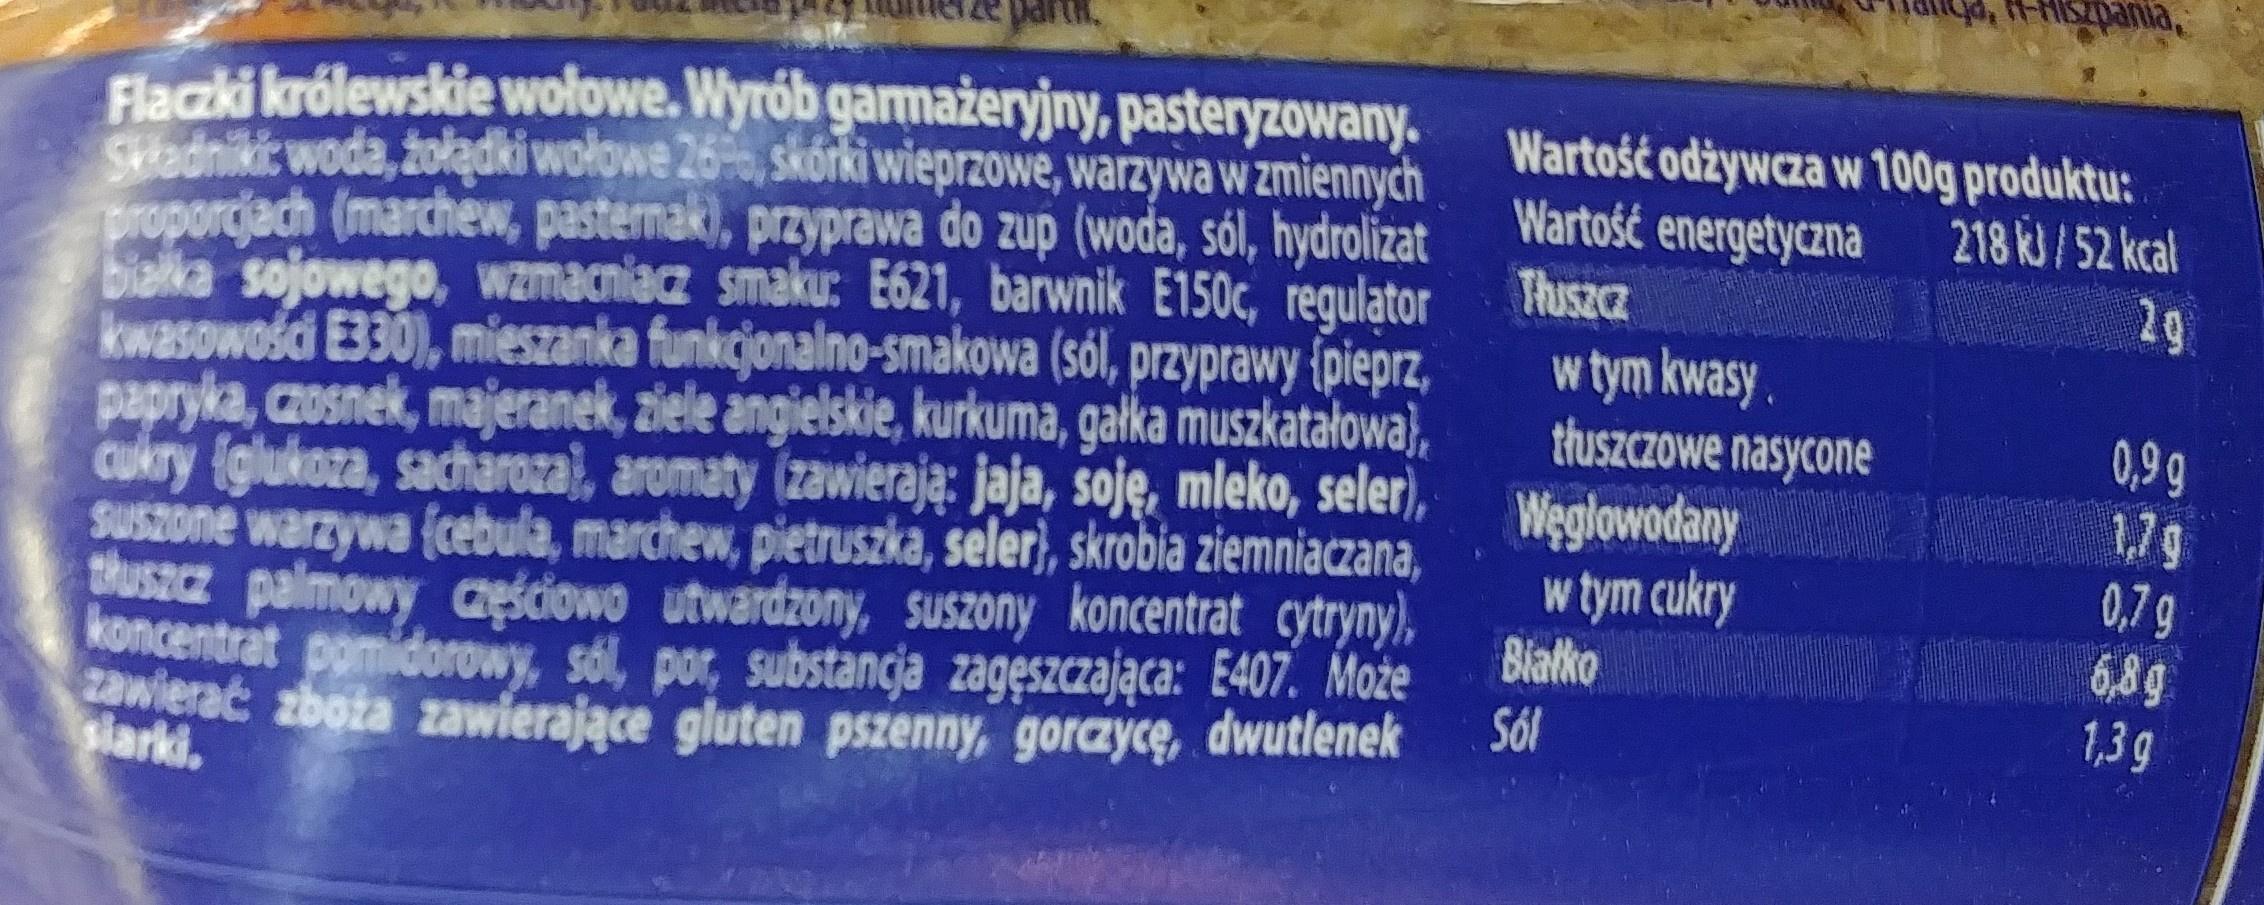
pania, Flacki królewskie wolowe. Wyrób garmażeryjny, pasteryzowany. SHadnikic woda, żołądki wołowe 26, skórki wieprzowe, warzywa w zmiennych proporcjach (marchew, pasternak), przyprawa do zup (woda, sól, hydrolizat Wartość energetyczna bialka sojowego, wzmacniacz smaku: E621, barwnik E150c, regulątor kwasowości E330), mieszanka funkcjonalno-smakowa (sól, przyprawy {pieprz, papryka, czosnek, majeranek, ziele angielskie, kurkuma, gałka muszkatałowa), Cukry iglukoza, sacharozaj, aromaty (zawierają: jaja, soję, mleko, seler), Weglowodany SUSzone warzywa (cebula, marchew, pietruszka, seler), skrobia ziemniaczana, tusacz palmowy aęściowo utwardzony, suSzony koncentrat cytryny), koncentrat pomidorowy, sól, por, substancja zagęszczająca: E407. Może awierać zboża zawierające gluten pszenny, gorczycę, dwutlenek Wartość odżywcza w 100g produktu: 218 k/52 kcal Thuszcz 29 w tym kwasy. thuszczowe nasycone 0,9g 1,79 0,7 g 6,89 1,3 g w tym cukry Biatko Sól siarki.